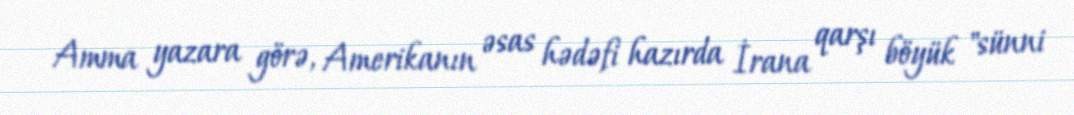
Amma yazara görə, Amerikanın əsas hədəfi hazırda İrana qarşı böyük "sünni